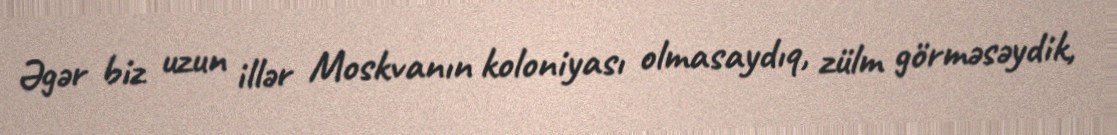
Əgər biz uzun illər Moskvanın koloniyası olmasaydıq, zülm görməsəydik,